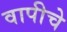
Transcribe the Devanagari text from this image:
वापीचे